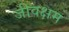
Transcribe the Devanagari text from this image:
जीवक्षम